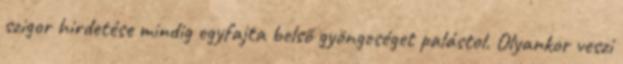
szigor hirdetése mindig egyfajta belső gyöngeséget palástol. Olyankor veszi